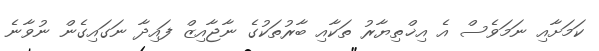
ކަމަށާއި ނަމަވެސް އެ އިޚްތިޔާރު ތަކާއި ބާރުތަކުގެ ނާޖާއިޒް ފައިދާ ނަގައިގެން ނުވާނެ